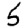
Digit: 5